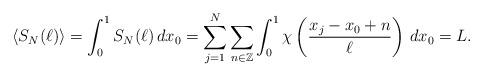
LaTeX: \begin{align*}\langle S_N(\ell)\rangle=\int_0^1S_N(\ell)\,dx_0=\sum_{j=1}^N\sum_{n\in\mathbb{Z}}\int_0^1\chi\left(\frac{x_j-x_0+n}{\ell}\right)\,dx_0=L.\end{align*}